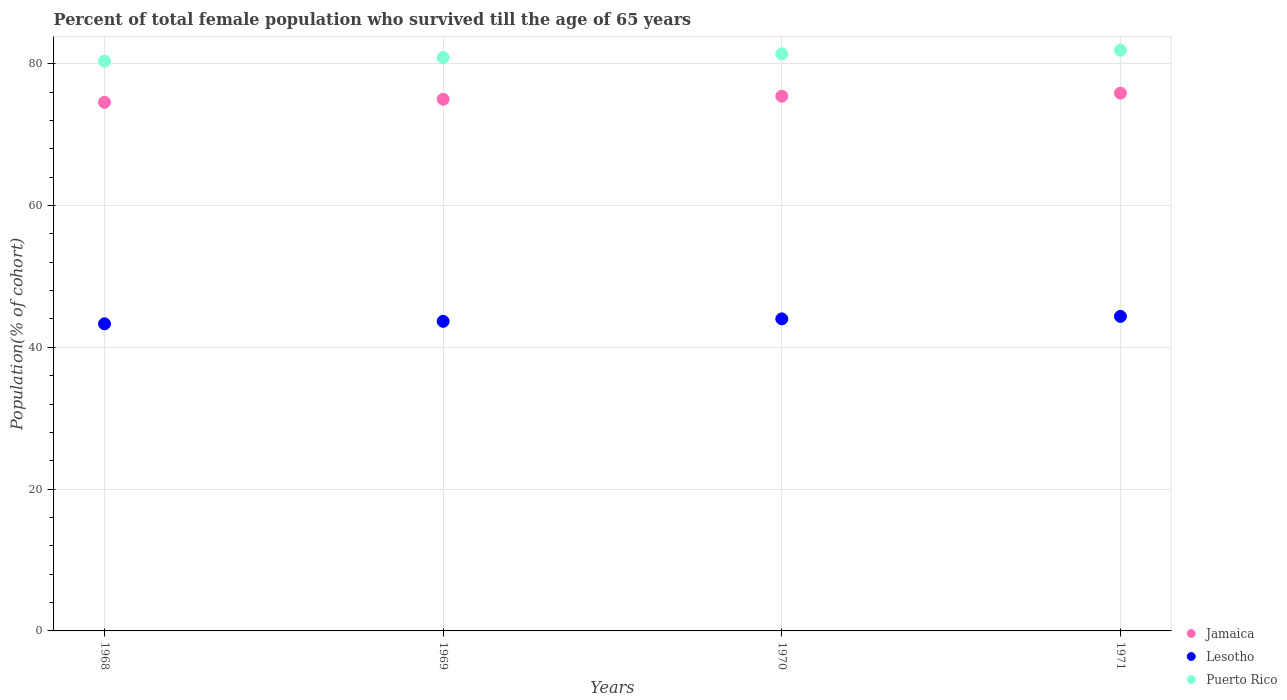
| Years | Jamaica | Lesotho | Puerto Rico |
 | --- | --- | --- | --- |
 | 1968 | 74.6 | 43.3 | 80.4 |
 | 1969 | 75 | 43.7 | 80.9 |
 | 1970 | 75.4 | 44 | 81.4 |
 | 1971 | 75.8 | 44.4 | 81.9 |